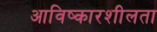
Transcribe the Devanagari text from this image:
आविष्कारशीलता